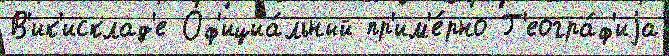
В'ик'исклад'е Оф'ициа́льный пр'им'е́рно Г'еогра́ф'иjа